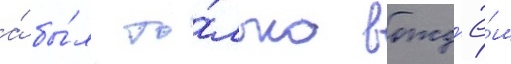
а́ бы́л то́лько вожд'ё́м